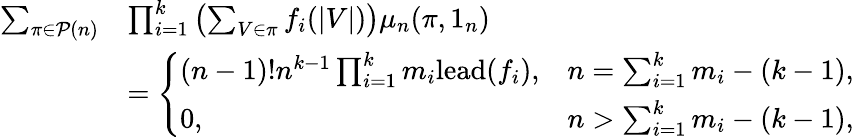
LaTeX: \begin{array}{rl}{\sum_{\pi\in\mathcal{P}(n)}}&{\prod_{i=1}^{k}\left(\sum_{V\in\pi}f_{i}(|V|)\right)\mu_{n}(\pi,1_{n})}\\ &{=\left\{ \begin{array}{ll}{(n-1)!n^{k-1}\prod_{i=1}^{k}m_{i}\mathrm{lead}(f_{i}),}&{n=\sum_{i=1}^{k}m_{i}-(k-1),}\\ {0,}&{n>\sum_{i=1}^{k}m_{i}-(k-1),}\end{array}\right.}\end{array}